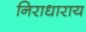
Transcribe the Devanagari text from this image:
निराधाराय